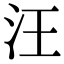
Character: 汪